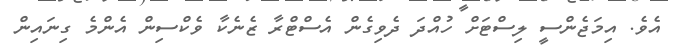
އެވެ. އިމަޖެންސީ ލިސްޓަށް ހުއްދަ ދެވިގެން އެސްޓްރާ ޒެނެކާ ވެކްސިން އެންމެ ގިނައިން